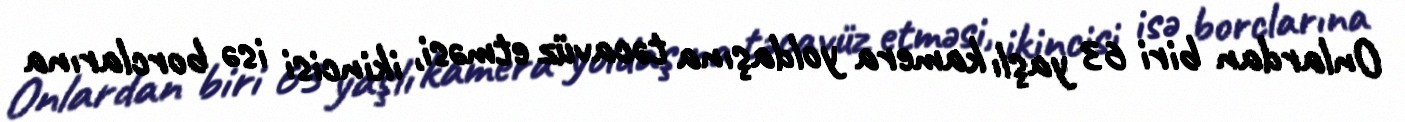
Onlardan biri 63 yaşlı kamera yoldaşına təcavüz etməsi, ikincisi isə borclarına